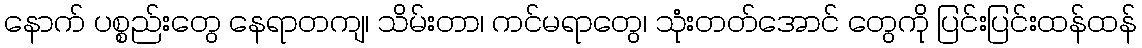
နောက် ပစ္စည်းတွေ နေရာတကျ၊ သိမ်းတာ၊ ကင်မရာတွေ၊ သုံးတတ်အောင် တွေကို ပြင်းပြင်းထန်ထန်